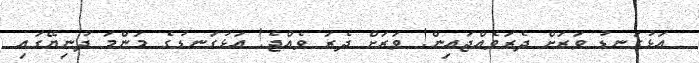
އަޅުގަނޑު ވަރަށް ދެރަވެއްޖައިން! ވަރަށް ދެރަ ވެއްޖެ! އަޅުގަނޑުގެ މަންމަ ދުނިޔޭގައި